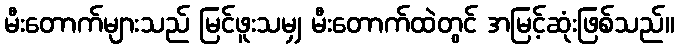
မီးတောက်များသည် မြင်ဖူးသမျှ မီးတောက်ထဲတွင် အမြင့်ဆုံးဖြစ်သည်။